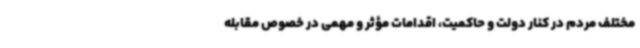
مختلف مردم در کنار دولت و حاکمیت، اقدامات مؤثر و مهمی در خصوص مقابله